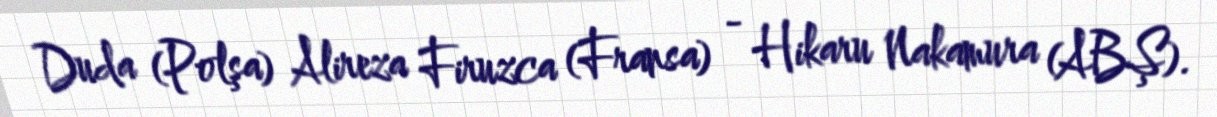
Duda (Polşa) Alireza Firuzca (Fransa) - Hikaru Nakamura (ABŞ).